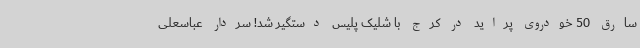
سارق 50 خودروی پراید در کرج با شلیک پلیس دستگیر شد! سردار عباسعلی